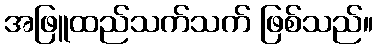
အဖြူထည်သက်သက် ဖြစ်သည်။